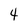
Character: 4